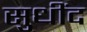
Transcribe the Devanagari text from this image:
सुधींद